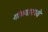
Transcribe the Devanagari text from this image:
गोळ्यामध्ये